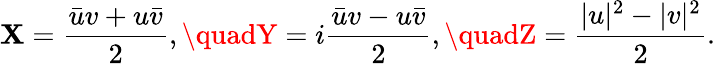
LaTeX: \mathbf{X}=\frac{{\bar{{u}}v+u\bar{{v}}}}{{2}},\quadY=i\frac{{\bar{{u}}v-u\bar{{v}}}}{{2}},\quadZ=\frac{{|u|^{2}-|v|^{2}}}{{2}}.